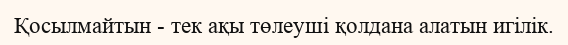
Қосылмайтын - тек ақы төлеуші қолдана алатын игілік.